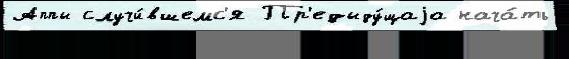
Аппы случи́вшемс'я Пр'едыду́щаjа нача́ть